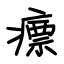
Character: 瘭